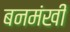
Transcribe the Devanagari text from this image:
बनमंखी